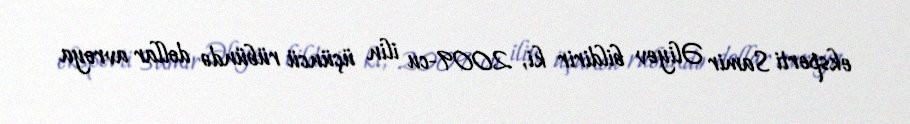
eksperti Samir Əliyev bildirir ki, 2009-cu ilin üçüncü rübündə dollar avroya